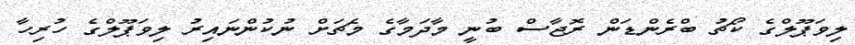
ލިވަޕޫލްގެ ކޯޗު ބްރެންޑަން ރޮޖާސް ބުނީ މާދަމާގެ މެޗަށް ނުކުންނައިރު ލިވަޕޫލްގެ ހުރިހާ